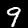
Label: 9